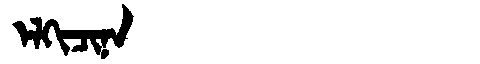
Manchu: ᡝᠯᡴᡳᠴᡳᠨᠠ
Romanization: ELKICINA